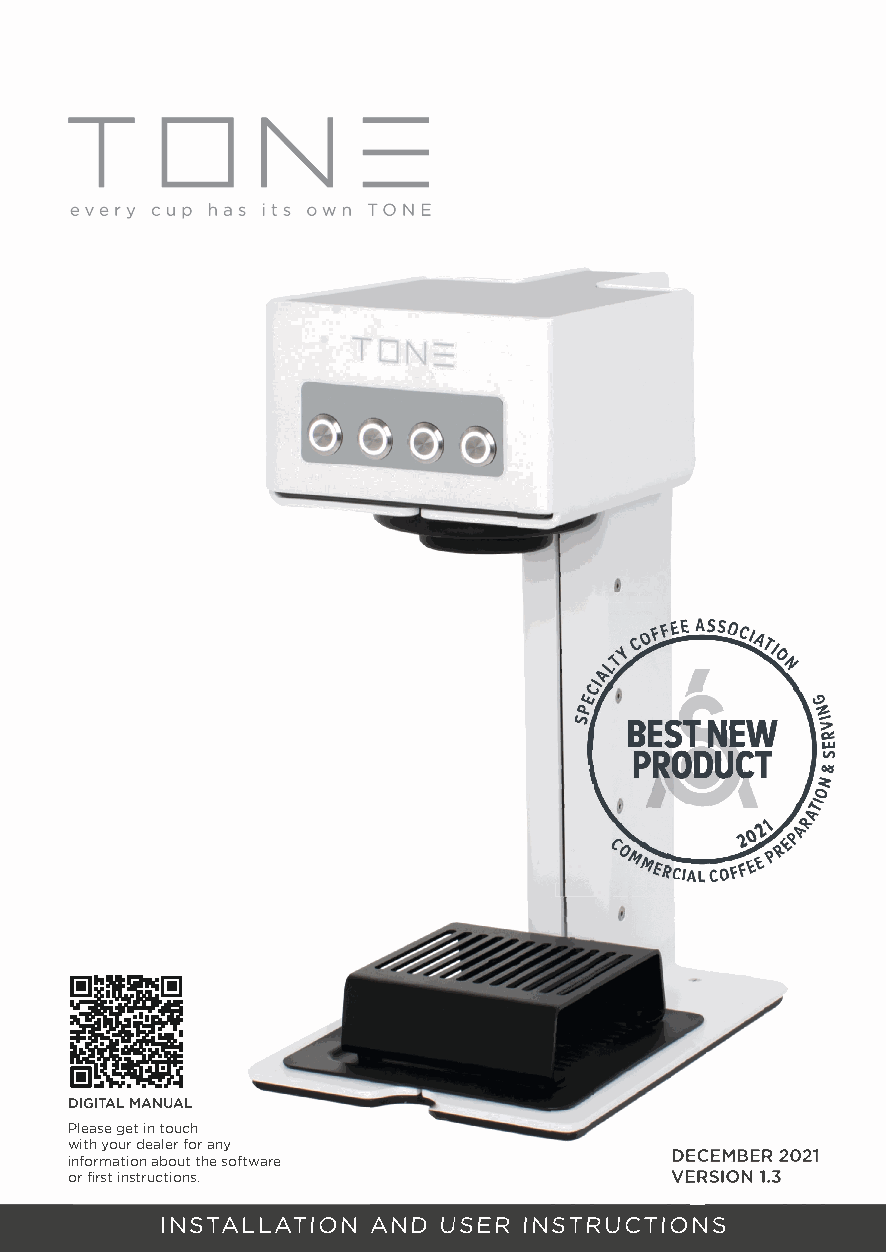
TOUCH
 03
 DIGITAL MANUAL
 Please get in touch
 with your dealer for any
 DDDDDDDEEEEEEECCCCCCCEEEEEEEMMMMMMMBBBBBBBEEEEEEERRRRRRR 2222222000000022222221111111
 information about the software
 or fi rst instructions.                VVVVVEEEEERRRRRSSSSSIIIIIOOOOONNNNN 11111.....33333
 IINNSSTTAALLLLAATTIIOONN AANNDD UUSSEERR IINNSSTTRRUUCCTTIIOONNSS